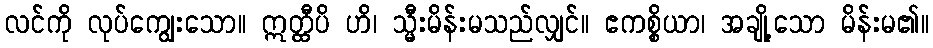
လင်ကို လုပ်ကျွေးသော။ ဣတ္ထီပိ ဟိ၊ သ္မီးမိန်းမသည်လျှင်။ ဧကစ္စိယာ၊ အချို့သော မိန်းမ၏။